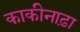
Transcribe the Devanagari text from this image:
काकीनाढ़ा